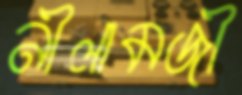
নীলামজী